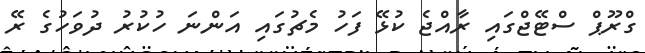
ގްރޫޕް ސްޓޭޖްގައި ރާއްޖެ ކުޅޭ ފަހު މެޗުގައި އަންނަ ހުކުރު ދުވަހުގެ ރޭ